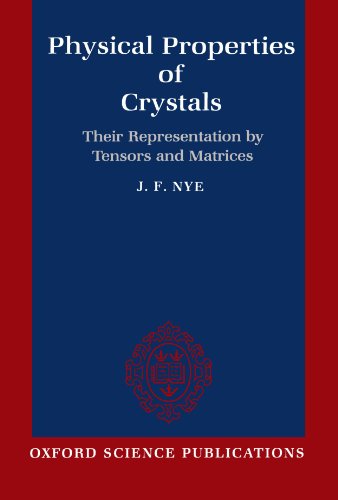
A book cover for Physical Properties of Crystals: Their Representation by Tensors and Matrices; J. F. Nye; Science & Math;